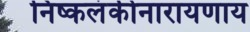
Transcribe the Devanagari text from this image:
निष्कलंकीनारायणाय